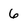
Character: 6